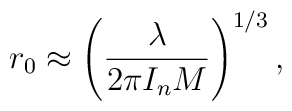
r_0 \approx \left( \frac{\lambda}{2\pi I_n M}\right) ^{1/3},